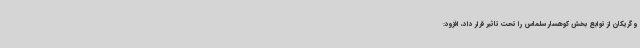
و گریکان از توابع بخش کوهسار سلماس را تحت تاثیر قرار داد، افزود: